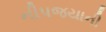
નીપજયાની